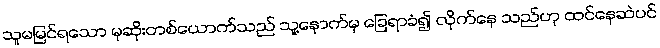
သူမမြင်ရသော မုဆိုးတစ်ယောက်သည် သူ့နောက်မှ ခြေရာခံ၍ လိုက်နေ သည်ဟု ထင်နေဆဲပင်